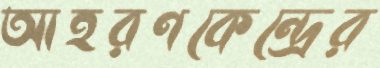
আহরণকেন্দ্রের